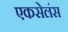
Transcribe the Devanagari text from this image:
एकसेलंस